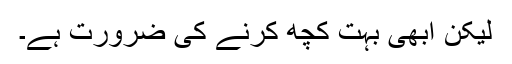
لیکن ابھی بہت کچھ کرنے کی ضرورت ہے۔